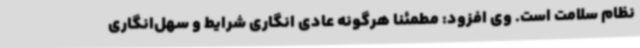
نظام سلامت است. وی افزود: مطمئنا هرگونه عادی انگاری شرایط و سهل‌انگاری